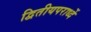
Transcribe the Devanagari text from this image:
द्वितीयपरार्ध्दे